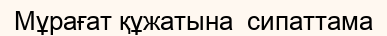
Мұрағат құжатына  сипаттама